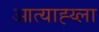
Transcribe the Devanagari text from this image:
आत्याह्य्ला